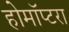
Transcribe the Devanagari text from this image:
होमॉप्टरा